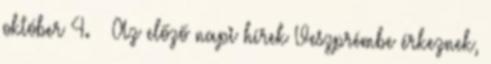
október 4. – Az előző napi hírek Veszprémbe érkeznek,